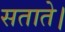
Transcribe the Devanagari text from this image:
सताते।